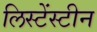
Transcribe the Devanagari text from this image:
लिस्टेंस्टीन